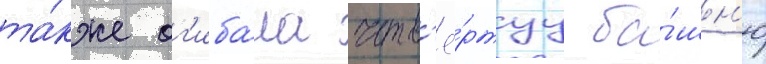
та́кже ог'иба́ла четв'ё́ртуу ба́шн'ю